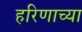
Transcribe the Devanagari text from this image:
हरिणाच्या